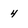
Character: 4